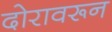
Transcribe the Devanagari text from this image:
दोरावरून